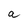
Character: a